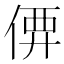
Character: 𠊼